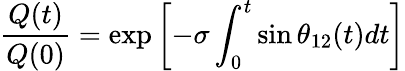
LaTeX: \frac{Q(t)}{Q(0)}=\exp\left[-\sigma\int_{0}^{t}\sin\theta_{12}(t)dt\right]